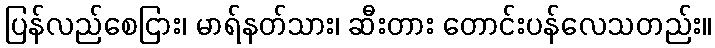
ပြန်လည်စေငြား၊ မာရ်နတ်သား၊ ဆီးတား တောင်းပန်လေသတည်း။